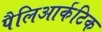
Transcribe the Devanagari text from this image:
पैलिआर्कटिक